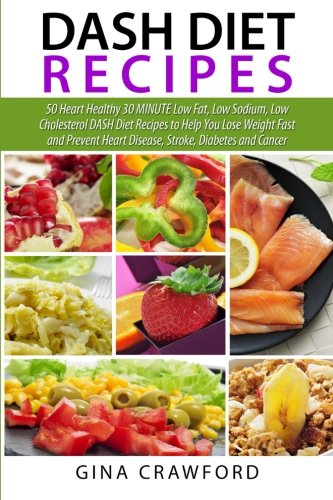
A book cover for DASH Diet Recipes: 50 Heart Healthy 30 MINUTE Low Fat, Low Sodium, Low Cholesterol DASH Diet Recipes to Help You Lose Weight Fast and Prevent Heart Disease, Stroke, Diabetes and Cancer; Gina Crawford; Health, Fitness & Dieting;